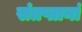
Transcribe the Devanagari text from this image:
संतप्तानां